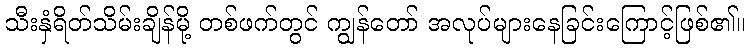
သီးနှံရိတ်သိမ်းချိန်မို့ တစ်ဖက်တွင် ကျွန်တော် အလုပ်များနေခြင်းကြောင့်ဖြစ်၏။